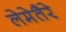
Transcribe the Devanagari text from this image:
लेमेतैरे